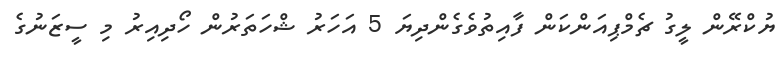
ޔުކްރޭން ލީގު ޗެމްޕިއަންކަން ފާއިތުވެގެންދިޔަ 5 އަހަރު ޝްހަތަރުން ހޯދިއިރު މި ސީޒަނުގެ